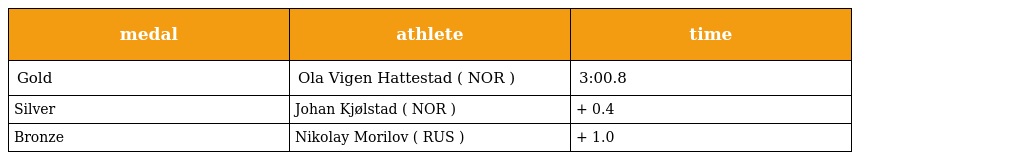
| medal | athlete | time |
 | --- | --- | --- |
 | Gold | Ola Vigen Hattestad ( NOR ) | 3:00.8 |
 | Silver | Johan Kjølstad ( NOR ) | + 0.4 |
 | Bronze | Nikolay Morilov ( RUS ) | + 1.0 |